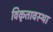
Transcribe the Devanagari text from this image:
विकृतावस्था